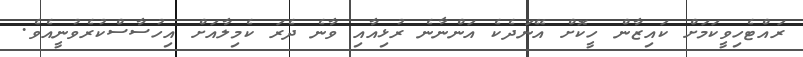
ރައްޓެހިވީކަމަށް ކައިޒާން ހީކޮށް އޭނަދެކެ އަންނާނެ ރުޅިއާއި ވާނެ ދެރަ ކެމިލާއަށް އިހުސާސްކުރެވުނީއެވެ.